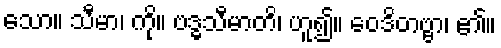
သော။ သီမာ၊ ကို။ ဗဒ္ဓသီမာတိ၊ ဟူ၍။ ဝေဒိတဗ္ဗာ၊ ၏။